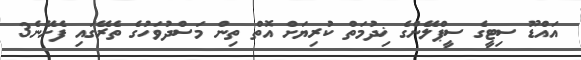
އައްޑޫ ސިޓީގެ ސީޕްލޭންގެ ޚިދުމަތް ކުރިޔަށް އޮތް ތިން މަސްދުވަހުގެ ތެރޭގައި ފެށޭނެ3